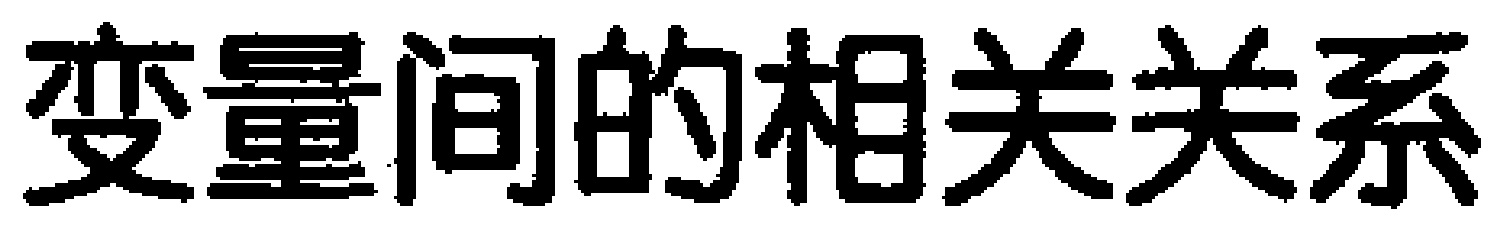
变量间的相关关系